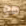
هو